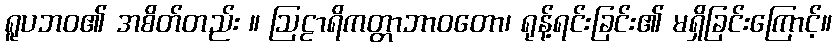
ရူပဘဝ၏ အစိတ်တည်း ။ ဩဠာရိကတ္တာဘာဝတော၊ ရုန့်ရင်းခြင်း၏ မရှိခြင်းကြောင့်။